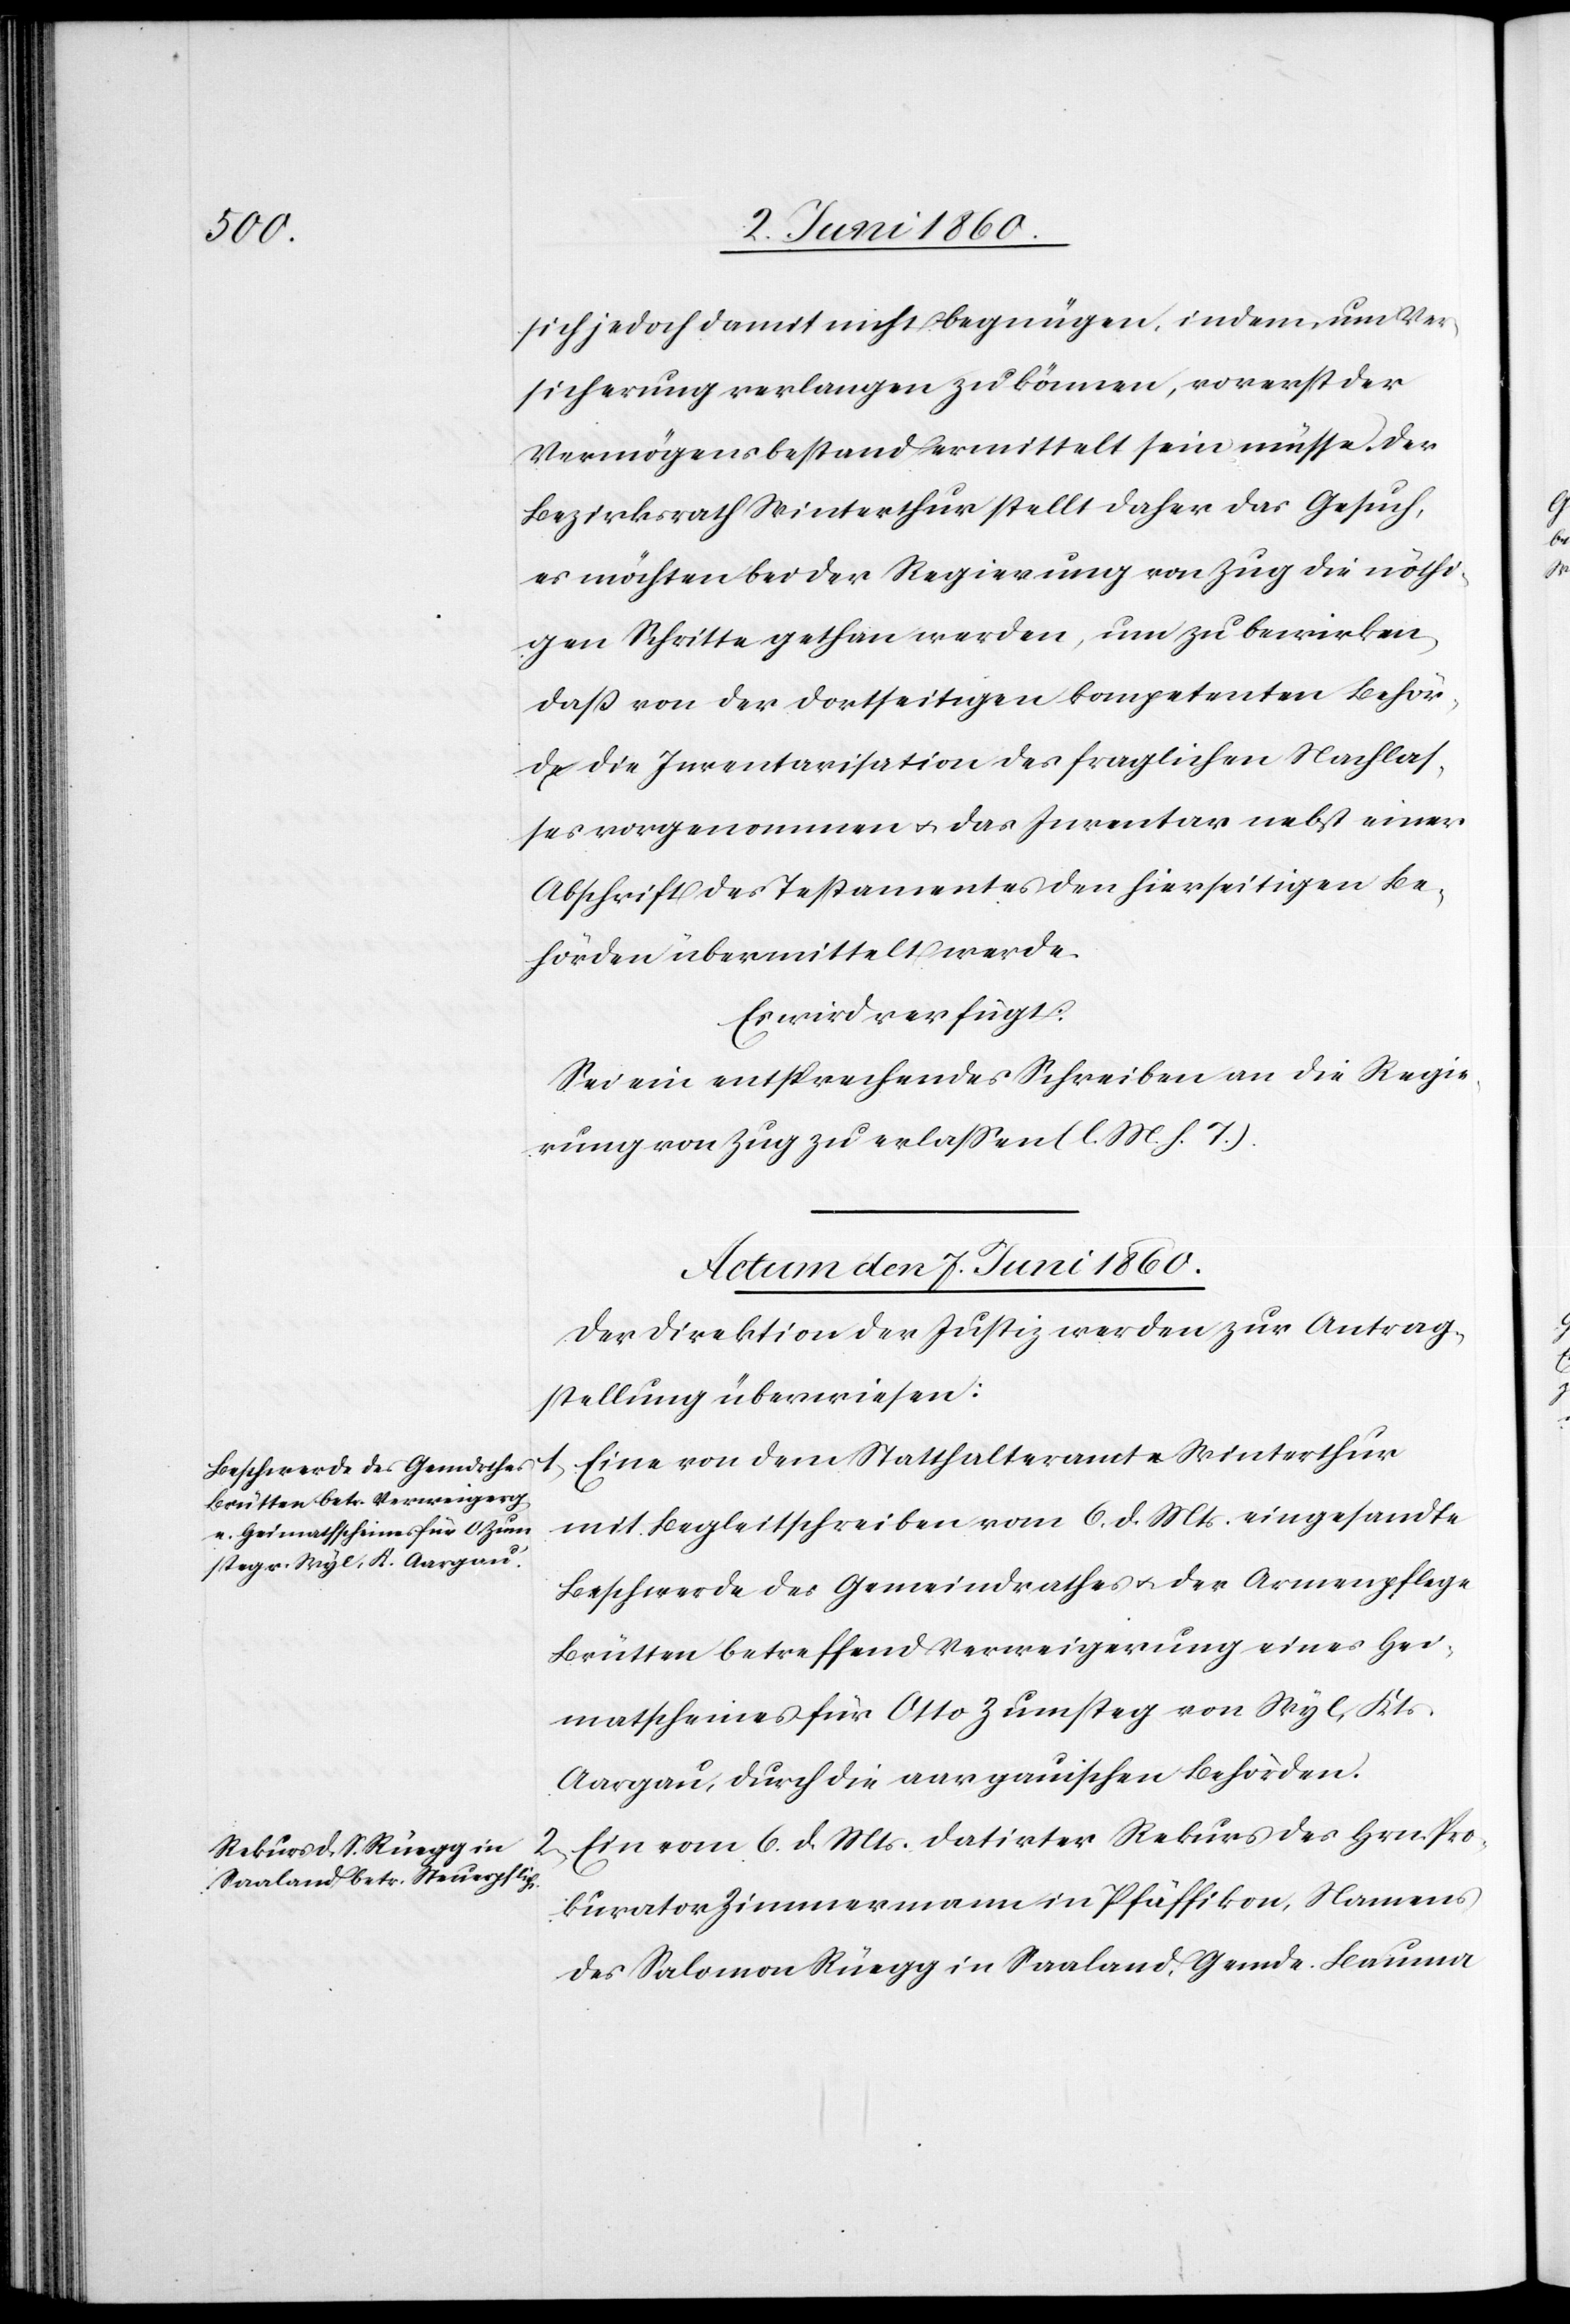
2.

sich jedoch damit nicht begnügen, indem, um Ver¬
sicherung verlangen zu können, vorerst der
Vermögensbestand ermittelt sein müsse. Der
Bezirksrath Winterthur stellt daher das Gesuch,
es möchten bei der Regierung von Zug die nöthi¬
gen Schritte gethan werden, um zu bewirken,
dass von der dortseitigen kompetenten Behör¬
de die Inventarisation des fraglichen Nachlas¬
ses vorgenommen u. das Inventar nebst einer
Abschrift des Testamentes den hierseitigen Be¬
hörden übermittelt werde.
Es wird verfügt:
Sei ein entsprechendes Schreiben an die Regie¬
rung von Zug zu erlassen. (l. M. h. T.)
Actum den 7. Juni 1860.]
Der Direktion der Justiz werden zur Antrag¬
stellung überwiesen:
Eine von dem Statthalteramte Winterthur
1.
mit Begleitschreiben vom 6. d. Mts. eingesandte
Beschwerde des Gemeindrathes u. der Armenpflege
Brütten betreffend Verweigerung eines Hei¬
matscheines für Otto Zumsteg von Wyl, Kts.
Aargau, durch die aargauischen Behörden.
Ein vom 6. d. Mts. datirter Rekurs des Hrn. Pro¬
kurator Zimmermann in Pfäffikon, Namens
des Salomon Rüegg in Saaland, Gemde. Bauma